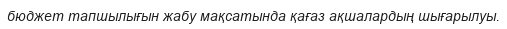
бюджет тапшылығын жабу мақсатында қағаз ақшалардың шығарылуы.